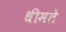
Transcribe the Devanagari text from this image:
धीमते